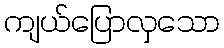
ကျယ်ပြောလှသော